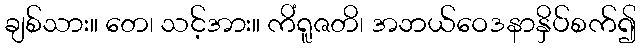
ချစ်သား။ တေ၊ သင့်အား။ ကိံရူဇတိ၊ အဘယ်ဝေဒနာနှိပ်စက်၍